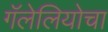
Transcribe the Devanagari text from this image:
गॅलेलियोचा